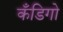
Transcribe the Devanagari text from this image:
कँडिगो